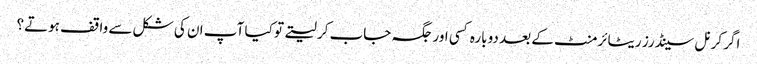
اگر کرنل سینڈرز ریٹائرمنٹ کے بعد دوبارہ کسی اور جگہ جاب کر لیتے تو کیا آپ ان کی شکل سے واقف ہوتے؟